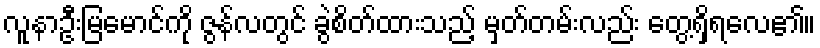
လူနာဦးမြမောင်ကို ဇွန်လတွင် ခွဲစိတ်ထားသည့် မှတ်တမ်းလည်း တွေ့ရှိရလေ၏။